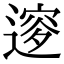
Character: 𨕦